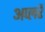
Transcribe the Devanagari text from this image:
अप्लरै